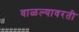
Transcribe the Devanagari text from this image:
वाळल्यावरती